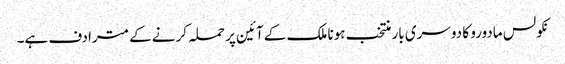
نکولس مادورو کا دوسری بار منتخب ہونا ملک کے آئین پر حملہ کرنے کے مترادف ہے۔